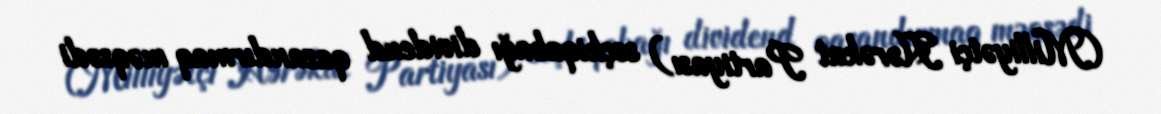
(Milliyətçi Hərəkat Partiyası) seçkiqabağı dividend qazandırmaq məqsədi